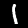
Digit: 1